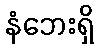
နံဘေးရှိ